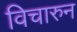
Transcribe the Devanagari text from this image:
विचारुन